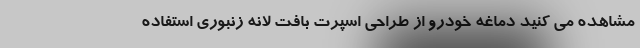
مشاهده می کنید دماغه خودرو از طراحی اسپرت بافت لانه زنبوری استفاده